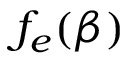
f _ { e } ( \beta )